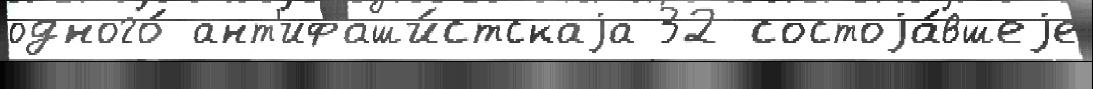
одного́ ант'ифаши́стскаjа 32 состоjа́вшеjе